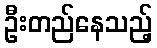
ဦးတည်နေသည့်